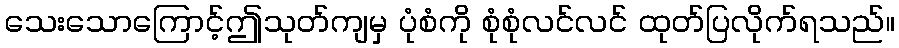
သေးသောကြောင့်ဤသုတ်ကျမှ ပုံစံကို စုံစုံလင်လင် ထုတ်ပြလိုက်ရသည်။